Calcutta medical institutions reports 1871-78
Year: 1871
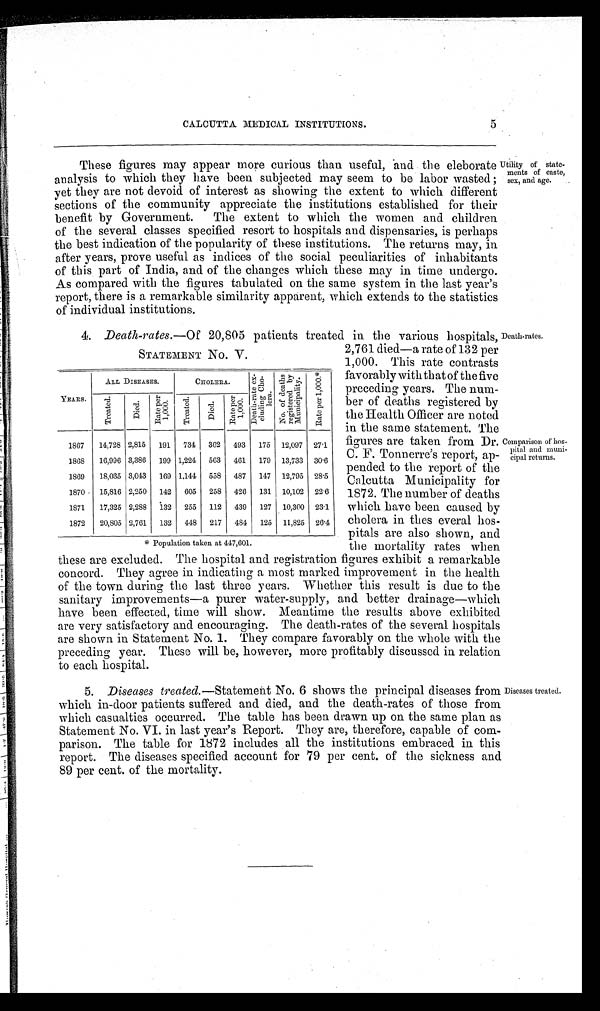
STATEMENT NO. V.
YEARS.
ALL DISEASES.
CHOLERA.
D e a t h - r a t e e x - c l u d i n g C h o l e r a . N o . o f d e a t h s r e g i s t e r e d b y M u n i c i p a l i t y .
R a t e p e r 1 , 0 0 0 . *
T r e a t e d .
D i e d .
Ra t e p e r 1 , 0 0 0 .
T r e a t e d .
D i e d . Ra t e p e r 1 , 0 0 0 .
1867 14,728 2,815 191 734 362 493 175 12,097 27.1
1868 16,996 3,386 199 1,224 563 461 179 13,733 30.6
1869 18,035 3,043 169 1,144 558 487 147 12,795 28.5
1870 15,816 2,250 142 605 258 426 131 10,102 22.6
1871 17,325 2,288 132 255 112 439 127 10,300 23.1
1872 20,805 2,761 132 448 217 484 125 11,825 26.4
* P o p u l a t i o n t a k e n a t 4 4 7 , 6 0 1 .
CALCUTTA MEDICAL INSTITUTIONS.
5
These figures may appear more curious than useful, and the eleborate
analysis to which they have been subjected may seem to be labor wasted;
yet they are not devoid of interest as showing the extent to which different
sections of the community appreciate the institutions established for their
benefit by Government. The extent to which the women and children
of the several classes specified resort to hospitals and dispensaries, is perhaps
the best indication of the popularity of these institutions. The returns may, in
after years, prove useful as indices of the social peculiarities of inhabitants
of this part of India, and of the changes which these may in time undergo.
As compared with the figures tabulated on the same system in the last year's
report, there is a remarkable similarity apparent, which extends to the statistics
of individual institutions.
Utility of state--
ments of caste,
sex, and age.
4. Death-rates.—Of 20,805 patients treated in the various hospitals,
2,761 died—a rate of 132 per
1,000. This rate contrasts
favorably with that of the five
preceding years. The num-
ber of deaths registered by
the Health Officer are noted
in the same statement. The
figures are taken from Dr.
C. F. Tonnerre's report, ap-
pended to the report of the
Calcutta Municipality for
1872. The number of deaths
which have been caused by
cholera in thes everal hos-
pitals are also shown, and
the mortality rates when
these are excluded. The hospital and registration figures exhibit a remarkable
concord. They agree in indicating a most marked improvement in the health
of the town during the last three years. Whether this result is due to the
sanitary improvements—a purer water-supply, and better drainage—which
have been effected, time will show. Meantime the results above exhibited
are very satisfactory and encouraging. The death-rates of the several hospitals
are shown in Statement No. 1. They compare favorably on the whole with the
preceding year. These will be, however, more profitably discussed in relation
to each hospital.
5. Diseases treated.—Statement No. 6 shows the principal diseases from
which in-door patients suffered and died, and the death-rates of those from
which casualties occurred. The table has been drawn up on the same plan as
Statement No. VI. in last year's Report. They are, therefore, capable of com-
parison. The table for 1872 includes all the institutions embraced in this
report. The diseases specified account for 79 per cent. of the sickness and
89 per cent. of the mortality.
Death-rates.
Comparison of hos--
pital and muni-
cipal returns.
Diseases treated.